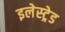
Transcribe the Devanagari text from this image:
इलेस्ट्रेड